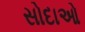
સોદાઓ